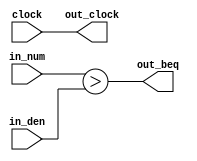
/*
[Bare framework] Leave empty, this is used when exporting to verilog
*/

module M_mul_cmp16_0_M_frame_display_div_mc0 (
in_num,
in_den,
out_beq,
out_clock,
clock
);
input  [15:0] in_num;
input  [15:0] in_den;
output  [0:0] out_beq;
output out_clock;
input clock;
assign out_clock = clock;
reg  [16:0] _t_nk;
reg  [0:0] _t_beq;

assign out_beq = _t_beq;



`ifdef FORMAL
initial begin
assume(reset);
end
`endif
always @* begin
// _always_pre
// __block_1
_t_nk = (in_num>>0);

_t_beq = (_t_nk>in_den);

// __block_2
// _always_post
// pipeline stage triggers
end

always @(posedge clock) begin
end

endmodule


module M_mul_cmp16_0_M_frame_display_div_mc1 (
in_num,
in_den,
out_beq,
out_clock,
clock
);
input  [15:0] in_num;
input  [15:0] in_den;
output  [0:0] out_beq;
output out_clock;
input clock;
assign out_clock = clock;
reg  [16:0] _t_nk;
reg  [0:0] _t_beq;

assign out_beq = _t_beq;



`ifdef FORMAL
initial begin
assume(reset);
end
`endif
always @* begin
// _always_pre
// __block_1
_t_nk = (in_num>>0);

_t_beq = (_t_nk>in_den);

// __block_2
// _always_post
// pipeline stage triggers
end

always @(posedge clock) begin
end

endmodule


module M_mul_cmp16_0_M_frame_display_div_mc2 (
in_num,
in_den,
out_beq,
out_clock,
clock
);
input  [15:0] in_num;
input  [15:0] in_den;
output  [0:0] out_beq;
output out_clock;
input clock;
assign out_clock = clock;
reg  [16:0] _t_nk;
reg  [0:0] _t_beq;

assign out_beq = _t_beq;



`ifdef FORMAL
initial begin
assume(reset);
end
`endif
always @* begin
// _always_pre
// __block_1
_t_nk = (in_num>>0);

_t_beq = (_t_nk>in_den);

// __block_2
// _always_post
// pipeline stage triggers
end

always @(posedge clock) begin
end

endmodule


module M_mul_cmp16_0_M_frame_display_div_mc3 (
in_num,
in_den,
out_beq,
out_clock,
clock
);
input  [15:0] in_num;
input  [15:0] in_den;
output  [0:0] out_beq;
output out_clock;
input clock;
assign out_clock = clock;
reg  [16:0] _t_nk;
reg  [0:0] _t_beq;

assign out_beq = _t_beq;



`ifdef FORMAL
initial begin
assume(reset);
end
`endif
always @* begin
// _always_pre
// __block_1
_t_nk = (in_num>>0);

_t_beq = (_t_nk>in_den);

// __block_2
// _always_post
// pipeline stage triggers
end

always @(posedge clock) begin
end

endmodule


module M_mul_cmp16_0_M_frame_display_div_mc4 (
in_num,
in_den,
out_beq,
out_clock,
clock
);
input  [15:0] in_num;
input  [15:0] in_den;
output  [0:0] out_beq;
output out_clock;
input clock;
assign out_clock = clock;
reg  [16:0] _t_nk;
reg  [0:0] _t_beq;

assign out_beq = _t_beq;



`ifdef FORMAL
initial begin
assume(reset);
end
`endif
always @* begin
// _always_pre
// __block_1
_t_nk = (in_num>>0);

_t_beq = (_t_nk>in_den);

// __block_2
// _always_post
// pipeline stage triggers
end

always @(posedge clock) begin
end

endmodule


module M_mul_cmp16_0_M_frame_display_div_mc5 (
in_num,
in_den,
out_beq,
out_clock,
clock
);
input  [15:0] in_num;
input  [15:0] in_den;
output  [0:0] out_beq;
output out_clock;
input clock;
assign out_clock = clock;
reg  [16:0] _t_nk;
reg  [0:0] _t_beq;

assign out_beq = _t_beq;



`ifdef FORMAL
initial begin
assume(reset);
end
`endif
always @* begin
// _always_pre
// __block_1
_t_nk = (in_num>>0);

_t_beq = (_t_nk>in_den);

// __block_2
// _always_post
// pipeline stage triggers
end

always @(posedge clock) begin
end

endmodule


module M_mul_cmp16_0_M_frame_display_div_mc6 (
in_num,
in_den,
out_beq,
out_clock,
clock
);
input  [15:0] in_num;
input  [15:0] in_den;
output  [0:0] out_beq;
output out_clock;
input clock;
assign out_clock = clock;
reg  [16:0] _t_nk;
reg  [0:0] _t_beq;

assign out_beq = _t_beq;



`ifdef FORMAL
initial begin
assume(reset);
end
`endif
always @* begin
// _always_pre
// __block_1
_t_nk = (in_num>>0);

_t_beq = (_t_nk>in_den);

// __block_2
// _always_post
// pipeline stage triggers
end

always @(posedge clock) begin
end

endmodule


module M_mul_cmp16_0_M_frame_display_div_mc7 (
in_num,
in_den,
out_beq,
out_clock,
clock
);
input  [15:0] in_num;
input  [15:0] in_den;
output  [0:0] out_beq;
output out_clock;
input clock;
assign out_clock = clock;
reg  [16:0] _t_nk;
reg  [0:0] _t_beq;

assign out_beq = _t_beq;



`ifdef FORMAL
initial begin
assume(reset);
end
`endif
always @* begin
// _always_pre
// __block_1
_t_nk = (in_num>>0);

_t_beq = (_t_nk>in_den);

// __block_2
// _always_post
// pipeline stage triggers
end

always @(posedge clock) begin
end

endmodule


module M_mul_cmp16_8_M_frame_display_div_mc8 (
in_num,
in_den,
out_beq,
out_clock,
clock
);
input  [15:0] in_num;
input  [15:0] in_den;
output  [0:0] out_beq;
output out_clock;
input clock;
assign out_clock = clock;
reg  [16:0] _t_nk;
reg  [0:0] _t_beq;

assign out_beq = _t_beq;



`ifdef FORMAL
initial begin
assume(reset);
end
`endif
always @* begin
// _always_pre
// __block_1
_t_nk = (in_num>>8);

_t_beq = (_t_nk>in_den);

// __block_2
// _always_post
// pipeline stage triggers
end

always @(posedge clock) begin
end

endmodule


module M_mul_cmp16_8_M_frame_display_div_mc9 (
in_num,
in_den,
out_beq,
out_clock,
clock
);
input  [15:0] in_num;
input  [15:0] in_den;
output  [0:0] out_beq;
output out_clock;
input clock;
assign out_clock = clock;
reg  [16:0] _t_nk;
reg  [0:0] _t_beq;

assign out_beq = _t_beq;



`ifdef FORMAL
initial begin
assume(reset);
end
`endif
always @* begin
// _always_pre
// __block_1
_t_nk = (in_num>>8);

_t_beq = (_t_nk>in_den);

// __block_2
// _always_post
// pipeline stage triggers
end

always @(posedge clock) begin
end

endmodule


module M_mul_cmp16_8_M_frame_display_div_mc10 (
in_num,
in_den,
out_beq,
out_clock,
clock
);
input  [15:0] in_num;
input  [15:0] in_den;
output  [0:0] out_beq;
output out_clock;
input clock;
assign out_clock = clock;
reg  [16:0] _t_nk;
reg  [0:0] _t_beq;

assign out_beq = _t_beq;



`ifdef FORMAL
initial begin
assume(reset);
end
`endif
always @* begin
// _always_pre
// __block_1
_t_nk = (in_num>>8);

_t_beq = (_t_nk>in_den);

// __block_2
// _always_post
// pipeline stage triggers
end

always @(posedge clock) begin
end

endmodule


module M_mul_cmp16_8_M_frame_display_div_mc11 (
in_num,
in_den,
out_beq,
out_clock,
clock
);
input  [15:0] in_num;
input  [15:0] in_den;
output  [0:0] out_beq;
output out_clock;
input clock;
assign out_clock = clock;
reg  [16:0] _t_nk;
reg  [0:0] _t_beq;

assign out_beq = _t_beq;



`ifdef FORMAL
initial begin
assume(reset);
end
`endif
always @* begin
// _always_pre
// __block_1
_t_nk = (in_num>>8);

_t_beq = (_t_nk>in_den);

// __block_2
// _always_post
// pipeline stage triggers
end

always @(posedge clock) begin
end

endmodule


module M_mul_cmp16_8_M_frame_display_div_mc12 (
in_num,
in_den,
out_beq,
out_clock,
clock
);
input  [15:0] in_num;
input  [15:0] in_den;
output  [0:0] out_beq;
output out_clock;
input clock;
assign out_clock = clock;
reg  [16:0] _t_nk;
reg  [0:0] _t_beq;

assign out_beq = _t_beq;



`ifdef FORMAL
initial begin
assume(reset);
end
`endif
always @* begin
// _always_pre
// __block_1
_t_nk = (in_num>>8);

_t_beq = (_t_nk>in_den);

// __block_2
// _always_post
// pipeline stage triggers
end

always @(posedge clock) begin
end

endmodule


module M_mul_cmp16_8_M_frame_display_div_mc13 (
in_num,
in_den,
out_beq,
out_clock,
clock
);
input  [15:0] in_num;
input  [15:0] in_den;
output  [0:0] out_beq;
output out_clock;
input clock;
assign out_clock = clock;
reg  [16:0] _t_nk;
reg  [0:0] _t_beq;

assign out_beq = _t_beq;



`ifdef FORMAL
initial begin
assume(reset);
end
`endif
always @* begin
// _always_pre
// __block_1
_t_nk = (in_num>>8);

_t_beq = (_t_nk>in_den);

// __block_2
// _always_post
// pipeline stage triggers
end

always @(posedge clock) begin
end

endmodule


module M_mul_cmp16_8_M_frame_display_div_mc14 (
in_num,
in_den,
out_beq,
out_clock,
clock
);
input  [15:0] in_num;
input  [15:0] in_den;
output  [0:0] out_beq;
output out_clock;
input clock;
assign out_clock = clock;
reg  [16:0] _t_nk;
reg  [0:0] _t_beq;

assign out_beq = _t_beq;



`ifdef FORMAL
initial begin
assume(reset);
end
`endif
always @* begin
// _always_pre
// __block_1
_t_nk = (in_num>>8);

_t_beq = (_t_nk>in_den);

// __block_2
// _always_post
// pipeline stage triggers
end

always @(posedge clock) begin
end

endmodule


module M_div16_M_frame_display_div (
in_inum,
in_iden,
out_ret,
in_run,
out_done,
reset,
out_clock,
clock
);
input signed [15:0] in_inum;
input signed [15:0] in_iden;
output signed [15:0] out_ret;
input in_run;
output out_done;
input reset;
output out_clock;
input clock;
assign out_clock = clock;
wire  [0:0] _w_mc0_beq;
wire  [0:0] _w_mc1_beq;
wire  [0:0] _w_mc2_beq;
wire  [0:0] _w_mc3_beq;
wire  [0:0] _w_mc4_beq;
wire  [0:0] _w_mc5_beq;
wire  [0:0] _w_mc6_beq;
wire  [0:0] _w_mc7_beq;
wire  [0:0] _w_mc8_beq;
wire  [0:0] _w_mc9_beq;
wire  [0:0] _w_mc10_beq;
wire  [0:0] _w_mc11_beq;
wire  [0:0] _w_mc12_beq;
wire  [0:0] _w_mc13_beq;
wire  [0:0] _w_mc14_beq;
wire  [0:0] _c_num_neg;
assign _c_num_neg = 0;
wire  [0:0] _c_den_neg;
assign _c_den_neg = 0;
reg  [15:0] _t_num;
reg  [15:0] _t_concat;

reg  [15:0] _d_reminder;
reg  [15:0] _q_reminder;
reg  [15:0] _d_den;
reg  [15:0] _q_den;
reg signed [15:0] _d_ret;
reg signed [15:0] _q_ret;
reg  [1:0] _d__idx_fsm0,_q__idx_fsm0;
assign out_ret = _q_ret;
assign out_done = (_q__idx_fsm0 == 0)
;
M_mul_cmp16_0_M_frame_display_div_mc0 mc0 (
.in_num(_q_reminder),
.in_den(_q_den),
.out_beq(_w_mc0_beq),
.clock(clock));
M_mul_cmp16_0_M_frame_display_div_mc1 mc1 (
.in_num(_q_reminder),
.in_den(_q_den),
.out_beq(_w_mc1_beq),
.clock(clock));
M_mul_cmp16_0_M_frame_display_div_mc2 mc2 (
.in_num(_q_reminder),
.in_den(_q_den),
.out_beq(_w_mc2_beq),
.clock(clock));
M_mul_cmp16_0_M_frame_display_div_mc3 mc3 (
.in_num(_q_reminder),
.in_den(_q_den),
.out_beq(_w_mc3_beq),
.clock(clock));
M_mul_cmp16_0_M_frame_display_div_mc4 mc4 (
.in_num(_q_reminder),
.in_den(_q_den),
.out_beq(_w_mc4_beq),
.clock(clock));
M_mul_cmp16_0_M_frame_display_div_mc5 mc5 (
.in_num(_q_reminder),
.in_den(_q_den),
.out_beq(_w_mc5_beq),
.clock(clock));
M_mul_cmp16_0_M_frame_display_div_mc6 mc6 (
.in_num(_q_reminder),
.in_den(_q_den),
.out_beq(_w_mc6_beq),
.clock(clock));
M_mul_cmp16_0_M_frame_display_div_mc7 mc7 (
.in_num(_q_reminder),
.in_den(_q_den),
.out_beq(_w_mc7_beq),
.clock(clock));
M_mul_cmp16_8_M_frame_display_div_mc8 mc8 (
.in_num(_q_reminder),
.in_den(_q_den),
.out_beq(_w_mc8_beq),
.clock(clock));
M_mul_cmp16_8_M_frame_display_div_mc9 mc9 (
.in_num(_q_reminder),
.in_den(_q_den),
.out_beq(_w_mc9_beq),
.clock(clock));
M_mul_cmp16_8_M_frame_display_div_mc10 mc10 (
.in_num(_q_reminder),
.in_den(_q_den),
.out_beq(_w_mc10_beq),
.clock(clock));
M_mul_cmp16_8_M_frame_display_div_mc11 mc11 (
.in_num(_q_reminder),
.in_den(_q_den),
.out_beq(_w_mc11_beq),
.clock(clock));
M_mul_cmp16_8_M_frame_display_div_mc12 mc12 (
.in_num(_q_reminder),
.in_den(_q_den),
.out_beq(_w_mc12_beq),
.clock(clock));
M_mul_cmp16_8_M_frame_display_div_mc13 mc13 (
.in_num(_q_reminder),
.in_den(_q_den),
.out_beq(_w_mc13_beq),
.clock(clock));
M_mul_cmp16_8_M_frame_display_div_mc14 mc14 (
.in_num(_q_reminder),
.in_den(_q_den),
.out_beq(_w_mc14_beq),
.clock(clock));



`ifdef FORMAL
initial begin
assume(reset);
end
assume property($initstate || (in_run || out_done));
`endif
always @* begin
_d_reminder = _q_reminder;
_d_den = _q_den;
_d_ret = _q_ret;
_d__idx_fsm0 = _q__idx_fsm0;
_t_num = 0;
_t_concat = 0;
// _always_pre
(* full_case *)
case (_q__idx_fsm0)
1: begin
// _top
_d_den = in_iden;

_t_num = in_inum;

if (_d_den>_t_num) begin
// __block_1
// __block_3
_d_ret = 0;

_d__idx_fsm0 = 0;
end else begin
// __block_2
// collapsed 'after'
// __block_6
if (_d_den==_t_num) begin
// __block_7
// __block_9
_d_ret = 1;

_d__idx_fsm0 = 0;
end else begin
// __block_8
// collapsed 'after'
// __block_12
if (_d_den==0) begin
// __block_13
// __block_15
if (_c_num_neg^_c_den_neg) begin
// __block_16
// __block_18
_d_ret = 16'b1111111111111111;

// __block_19
end else begin
// __block_17
// __block_20
_d_ret = 16'b0111111111111111;

// __block_21
end
// 'after'
// __block_22
_d__idx_fsm0 = 0;
end else begin
// __block_14
// collapsed 'after'
// __block_25
_d_reminder = _t_num;

_d_ret = 0;

_d__idx_fsm0 = 3;
end
end
end
end
2: begin
// done
_d__idx_fsm0 = 0;
end
3: begin
// __while__block_26
if (_q_reminder>=_q_den) begin
// __block_27
// __block_29
_t_concat = {!_w_mc14_beq&&_w_mc13_beq,!_w_mc13_beq&&_w_mc12_beq,!_w_mc12_beq&&_w_mc11_beq,!_w_mc11_beq&&_w_mc10_beq,!_w_mc10_beq&&_w_mc9_beq,!_w_mc9_beq&&_w_mc8_beq,!_w_mc8_beq&&_w_mc7_beq,!_w_mc7_beq&&_w_mc6_beq,!_w_mc6_beq&&_w_mc5_beq,!_w_mc5_beq&&_w_mc4_beq,!_w_mc4_beq&&_w_mc3_beq,!_w_mc3_beq&&_w_mc2_beq,!_w_mc2_beq&&_w_mc1_beq,!_w_mc1_beq&&_w_mc0_beq,1'b0};

  case (_t_concat)
  16'b1000000000000000: begin
// __block_31_case
// __block_32
_d_ret = _q_ret+(1<<8);

_d_reminder = _q_reminder-(_q_den<<8);

// __block_33
  end
  16'b0100000000000000: begin
// __block_34_case
// __block_35
_d_ret = _q_ret+(1<<8);

_d_reminder = _q_reminder-(_q_den<<8);

// __block_36
  end
  16'b0010000000000000: begin
// __block_37_case
// __block_38
_d_ret = _q_ret+(1<<8);

_d_reminder = _q_reminder-(_q_den<<8);

// __block_39
  end
  16'b0001000000000000: begin
// __block_40_case
// __block_41
_d_ret = _q_ret+(1<<8);

_d_reminder = _q_reminder-(_q_den<<8);

// __block_42
  end
  16'b0000100000000000: begin
// __block_43_case
// __block_44
_d_ret = _q_ret+(1<<8);

_d_reminder = _q_reminder-(_q_den<<8);

// __block_45
  end
  16'b0000010000000000: begin
// __block_46_case
// __block_47
_d_ret = _q_ret+(1<<8);

_d_reminder = _q_reminder-(_q_den<<8);

// __block_48
  end
  16'b0000001000000000: begin
// __block_49_case
// __block_50
_d_ret = _q_ret+(1<<8);

_d_reminder = _q_reminder-(_q_den<<8);

// __block_51
  end
  16'b0000000100000000: begin
// __block_52_case
// __block_53
_d_ret = _q_ret+(1<<0);

_d_reminder = _q_reminder-(_q_den<<0);

// __block_54
  end
  16'b0000000010000000: begin
// __block_55_case
// __block_56
_d_ret = _q_ret+(1<<0);

_d_reminder = _q_reminder-(_q_den<<0);

// __block_57
  end
  16'b0000000001000000: begin
// __block_58_case
// __block_59
_d_ret = _q_ret+(1<<0);

_d_reminder = _q_reminder-(_q_den<<0);

// __block_60
  end
  16'b0000000000100000: begin
// __block_61_case
// __block_62
_d_ret = _q_ret+(1<<0);

_d_reminder = _q_reminder-(_q_den<<0);

// __block_63
  end
  16'b0000000000010000: begin
// __block_64_case
// __block_65
_d_ret = _q_ret+(1<<0);

_d_reminder = _q_reminder-(_q_den<<0);

// __block_66
  end
  16'b0000000000001000: begin
// __block_67_case
// __block_68
_d_ret = _q_ret+(1<<0);

_d_reminder = _q_reminder-(_q_den<<0);

// __block_69
  end
  16'b0000000000000100: begin
// __block_70_case
// __block_71
_d_ret = _q_ret+(1<<0);

_d_reminder = _q_reminder-(_q_den<<0);

// __block_72
  end
  16'b0000000000000010: begin
// __block_73_case
// __block_74
_d_ret = _q_ret+(1<<0);

_d_reminder = _q_reminder-(_q_den<<0);

// __block_75
  end
  16'b0000000000000000: begin
// __block_76_case
// __block_77
_d_ret = _q_ret+(1<<0);

_d_reminder = _q_reminder-(_q_den<<0);

// __block_78
  end
  default: begin
// __block_79_case
// __block_80
// __block_81
  end
endcase
// __block_30
// __block_82
_d__idx_fsm0 = 3;
end else begin
// __block_28
_d__idx_fsm0 = 0;
end
end
0: begin 
end
default: begin 
_d__idx_fsm0 = {2{1'bx}};
`ifdef FORMAL
assume(0);
`endif
 end
endcase
// _always_post
// pipeline stage triggers
end

always @(posedge clock) begin
_q_reminder <= (reset | ~in_run) ? 0 : _d_reminder;
_q_den <= (reset | ~in_run) ? 0 : _d_den;
_q_ret <= _d_ret;
_q__idx_fsm0 <= reset ? 0 : ( ~in_run ? 1 : _d__idx_fsm0);
end

endmodule


module M_frame_display (
in_pix_x,
in_pix_y,
in_pix_active,
in_pix_vblank,
in_vga_hs,
in_vga_vs,
out_pix_r,
out_pix_g,
out_pix_b,
in_run,
out_done,
reset,
out_clock,
clock
);
input  [10:0] in_pix_x;
input  [10:0] in_pix_y;
input  [0:0] in_pix_active;
input  [0:0] in_pix_vblank;
input  [0:0] in_vga_hs;
input  [0:0] in_vga_vs;
output  [7:0] out_pix_r;
output  [7:0] out_pix_g;
output  [7:0] out_pix_b;
input in_run;
output out_done;
input reset;
output out_clock;
input clock;
assign out_clock = clock;
wire signed [15:0] _w_div_ret;
wire _w_div_done;
wire  [14:0] _c_maxv;
assign _c_maxv = 22000;
reg  [8:0] _t_offs_y;
reg  [7:0] _t_u;
reg  [7:0] _t_v;
reg  [0:0] _t_floor;
reg  [7:0] _t_pix_r;
reg  [7:0] _t_pix_g;
reg  [7:0] _t_pix_b;

reg  [15:0] _d_cur_inv_y;
reg  [15:0] _q_cur_inv_y;
reg  [15:0] _d_pos_u;
reg  [15:0] _q_pos_u;
reg  [15:0] _d_pos_v;
reg  [15:0] _q_pos_v;
reg  [6:0] _d_lum;
reg  [6:0] _q_lum;
reg signed [15:0] _d__div_inum;
reg signed [15:0] _q__div_inum;
reg signed [15:0] _d__div_iden;
reg signed [15:0] _q__div_iden;
reg  [2:0] _d__idx_fsm0,_q__idx_fsm0;
reg  _autorun = 0;
reg  _div_run = 0;
assign out_pix_r = _t_pix_r;
assign out_pix_g = _t_pix_g;
assign out_pix_b = _t_pix_b;
assign out_done = (_q__idx_fsm0 == 0) && _autorun
;
M_div16_M_frame_display_div div (
.in_inum(_q__div_inum),
.in_iden(_q__div_iden),
.out_ret(_w_div_ret),
.out_done(_w_div_done),
.in_run(_div_run),
.reset(reset),
.clock(clock));



`ifdef FORMAL
initial begin
assume(reset);
end
assume property($initstate || (out_done));
`endif
always @* begin
_d_cur_inv_y = _q_cur_inv_y;
_d_pos_u = _q_pos_u;
_d_pos_v = _q_pos_v;
_d_lum = _q_lum;
_d__div_inum = _q__div_inum;
_d__div_iden = _q__div_iden;
_d__idx_fsm0 = _q__idx_fsm0;
_div_run = 1;
_t_offs_y = 0;
_t_u = 0;
_t_v = 0;
_t_floor = 0;
// _always_pre
_t_pix_r = 0;

_t_pix_g = 0;

_t_pix_b = 0;

(* full_case *)
case (_q__idx_fsm0)
1: begin
// _top
_d__idx_fsm0 = 2;
end
2: begin
// __while__block_1
if (1) begin
// __block_2
// __block_4
_d__idx_fsm0 = 3;
end else begin
// __block_3
_d__idx_fsm0 = 0;
end
end
3: begin
// __while__block_5
if (in_pix_vblank==0) begin
// __block_6
// __block_8
if (in_pix_active) begin
// __block_9
// __block_11
if (in_pix_y<240) begin
// __block_12
// __block_14
_t_offs_y = 272-in_pix_y;

_t_floor = 0;

// __block_15
end else begin
// __block_13
// __block_16
_t_offs_y = in_pix_y-208;

_t_floor = 1;

// __block_17
end
// 'after'
// __block_18
if (_t_offs_y>=35&&_t_offs_y<200) begin
// __block_19
// __block_21
if (in_pix_x==0) begin
// __block_22
// __block_24
_d_cur_inv_y = _w_div_ret;

if (_d_cur_inv_y[3+:7]<=70) begin
// __block_25
// __block_27
_d_lum = 70-_d_cur_inv_y[3+:7];

if (_d_lum>63) begin
// __block_28
// __block_30
_d_lum = 63;

// __block_31
end else begin
// __block_29
end
// 'after'
// __block_32
// __block_33
end else begin
// __block_26
// __block_34
_d_lum = 0;

// __block_35
end
// 'after'
// __block_36

_d__div_inum = _c_maxv;
_d__div_iden = _t_offs_y;
_div_run = 0;
// __block_37
end else begin
// __block_23
end
// 'after'
// __block_38
_t_u = _q_pos_u+((in_pix_x-320)*_d_cur_inv_y)>>8;

_t_v = _q_pos_v+_d_cur_inv_y[0+:6];

if (_t_u[5+:1]^_t_v[5+:1]) begin
// __block_39
// __block_41
if (_t_u[4+:1]^_t_v[4+:1]) begin
// __block_42
// __block_44
_t_pix_r = _d_lum<<2;

_t_pix_g = _d_lum<<2;

_t_pix_b = _d_lum<<2;

// __block_45
end else begin
// __block_43
// __block_46
_t_pix_r = _d_lum[1+:6]<<2;

_t_pix_g = _d_lum[1+:6]<<2;

_t_pix_b = _d_lum[1+:6]<<2;

// __block_47
end
// 'after'
// __block_48
// __block_49
end else begin
// __block_40
// __block_50
if (_t_u[4+:1]^_t_v[4+:1]) begin
// __block_51
// __block_53
if (_t_floor) begin
// __block_54
// __block_56
_t_pix_g = _d_lum<<2;

// __block_57
end else begin
// __block_55
// __block_58
_t_pix_b = _d_lum<<2;

// __block_59
end
// 'after'
// __block_60
// __block_61
end else begin
// __block_52
// __block_62
if (_t_floor) begin
// __block_63
// __block_65
_t_pix_g = _d_lum[1+:6]<<2;

// __block_66
end else begin
// __block_64
// __block_67
_t_pix_b = _d_lum[1+:6]<<2;

// __block_68
end
// 'after'
// __block_69
// __block_70
end
// 'after'
// __block_71
// __block_72
end
// 'after'
// __block_73
// __block_74
end else begin
// __block_20
end
// 'after'
// __block_75
// __block_76
end else begin
// __block_10
end
// 'after'
// __block_77
// __block_78
_d__idx_fsm0 = 3;
end else begin
// __block_7
_d_pos_u = _q_pos_u+1024;

_d_pos_v = _q_pos_v+3;

_d__idx_fsm0 = 4;
end
end
4: begin
// __while__block_79
if (in_pix_vblank==1) begin
// __block_80
// __block_82
// __block_83
_d__idx_fsm0 = 4;
end else begin
// __block_81
// __block_84
_d__idx_fsm0 = 2;
end
end
0: begin 
end
default: begin 
_d__idx_fsm0 = {3{1'bx}};
`ifdef FORMAL
assume(0);
`endif
 end
endcase
// _always_post
// pipeline stage triggers
end

always @(posedge clock) begin
_q_cur_inv_y <= (reset) ? 0 : _d_cur_inv_y;
_q_pos_u <= (reset) ? 0 : _d_pos_u;
_q_pos_v <= (reset) ? 0 : _d_pos_v;
_q_lum <= (reset) ? 0 : _d_lum;
_q__div_inum <= _d__div_inum;
_q__div_iden <= _d__div_iden;
_q__idx_fsm0 <= reset ? 0 : ( ~_autorun ? 1 : _d__idx_fsm0);
_autorun <= reset ? 0 : 1;
end

endmodule